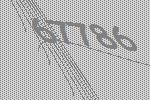
67786